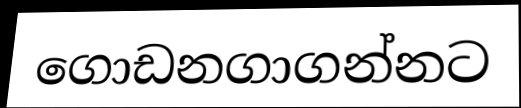
ගොඩනගාගන්නට